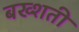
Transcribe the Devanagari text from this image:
बख्शती